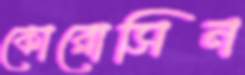
কোরোসিন